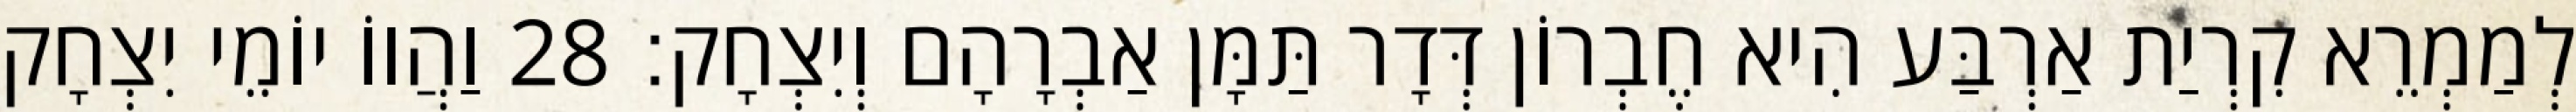
לְמַמְרֵא קִרְיַת אַרְבַּע הִיא חֶבְרוֹן דְּדָר תַּמָּן אַבְרָהָם וְיִצְחָק׃ 28 וַהֲווֹ יוֹמֵי יִצְחָק